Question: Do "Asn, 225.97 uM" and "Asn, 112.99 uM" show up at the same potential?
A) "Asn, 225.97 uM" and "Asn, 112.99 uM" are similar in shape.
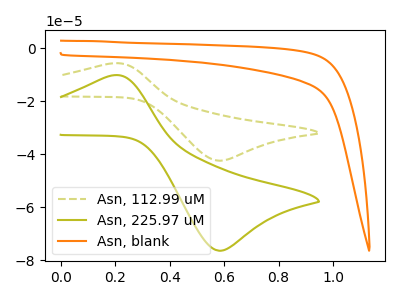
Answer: <think>The olive dashed curve "Asn, 112.99 uM" has an anodic peak at (0.20V, -5.70uA) and a cathodic peak at (0.60V, -42.40uA). The olive curve "Asn, 225.97 uM" has an anodic peak at (0.20V, -10.25uA) and a cathodic peak at (0.60V, -76.30uA). The orange curve "Asn, blank" has no peaks.
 All the peaks in "Asn, 225.97 uM" have a peak in "Asn, 112.99 uM" at the same potential.</think>
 <answer>A) "Asn, 225.97 uM" and "Asn, 112.99 uM" are similar in shape.</answer>
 <eval>A</eval>